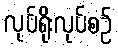
လုပ်ရိုးလုပ်စဉ်